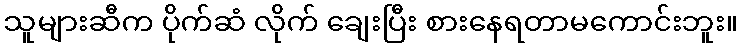
သူများဆီက ပိုက်ဆံ လိုက် ချေးပြီး စားနေရတာမကောင်းဘူး။